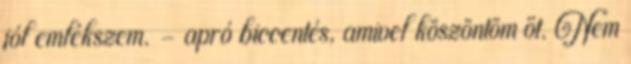
jól emlékszem. - apró biccentés, amivel köszöntöm őt. Nem